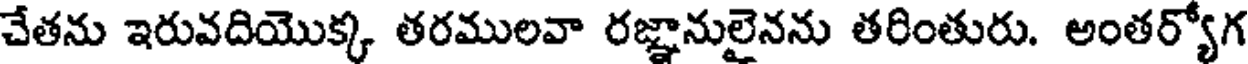
చేతను ఇరువదియొక్క తరములవా రజ్ఞానులైనను తరింతురు. అంతర్యోగ